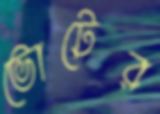
ভোটের